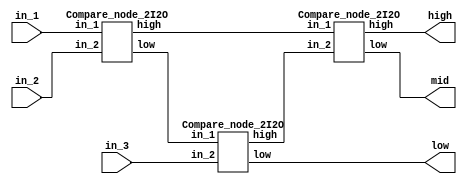
`timescale 1ns/10ps
//////////////////////////////////////////////////////////////////////////////////
// Sorting PE 3I3O
// Structure: Systolic array PE (3*2I2O)
// Class: high, median, low
//
//////////////////////////////////////////////////////////////////////////////////

module  Compare_node_3I3O(
    input  [7:0] in_1, in_2, in_3,
    output  [7:0] high, mid, low
	);

wire  [7:0] high_1, low_1, high_2;

Compare_node_2I2O u1(
    .in_1(in_1), .in_2(in_2),
    .high(high_1), .low(low_1)
);

Compare_node_2I2O u2(
    .in_1(low_1), .in_2(in_3),
    .high(high_2), .low(low)
);

Compare_node_2I2O u3(
    .in_1(high_1), .in_2(high_2),
    .high(high), .low(mid)
);

endmodule


module  Compare_node_2I2O(
    input signed [7:0] in_1, in_2,
    output signed [7:0] high, low
	);

wire higher;

assign higher = (in_1>=in_2)? 1'b1:1'b0;

assign high = (higher==1'b1)? in_1:in_2;
assign low = (higher==1'b1)? in_2:in_1;

endmodule